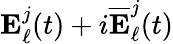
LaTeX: \mathbf{E}_{\ell}^{j}(t)+i\overline{{\mathbf{E}}}_{\ell}^{j}(t)